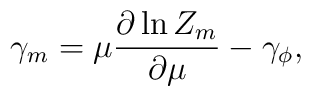
\gamma_m=\mu\frac{\partial\ln Z_m}{\partial\mu}-\gamma_\phi,